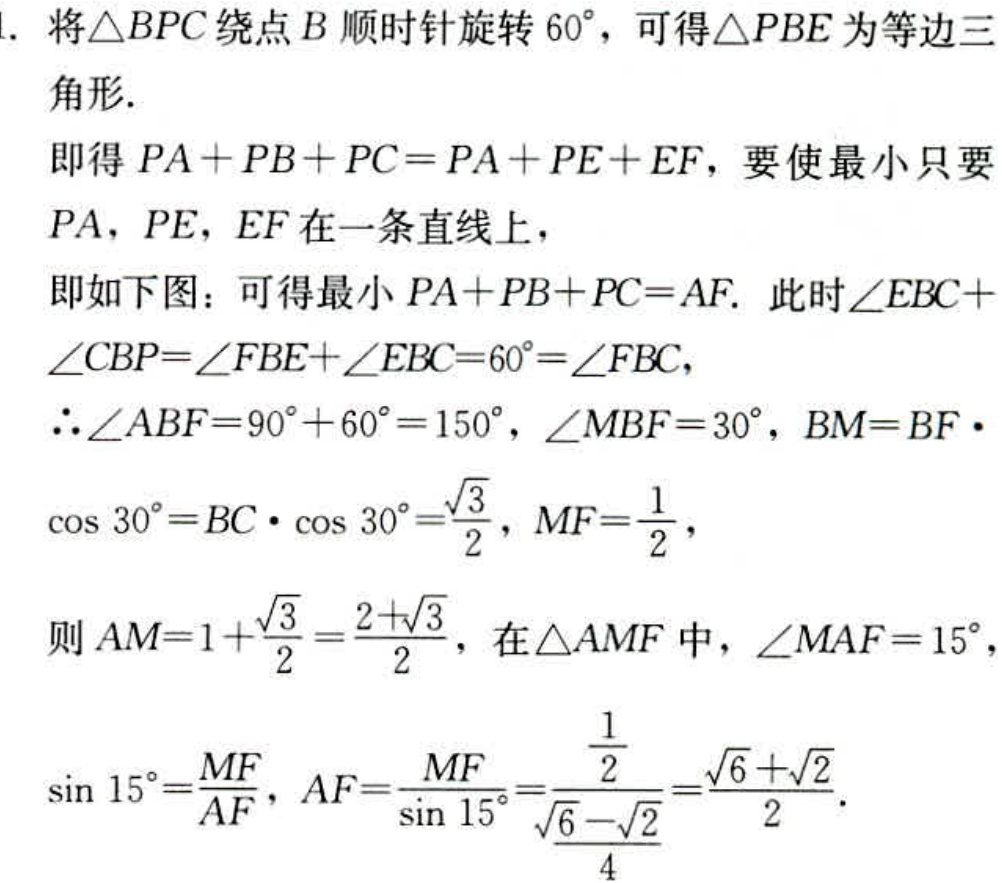
1. 将\(\triangle BPC\)绕点\(B\)顺时针旋转\(60^{\circ}\)，可得\(\triangle PBE\)为等边三角形.
即得\(PA + PB + PC=PA + PE + EF\)，要使最小只要\(PA\)，\(PE\)，\(EF\)在一条直线上，
即如下图：可得最小\(PA + PB + PC = AF\). 此时\(\angle EBC+\angle CBP=\angle FBE+\angle EBC = 60^{\circ}=\angle FBC\)，
\(\therefore\angle ABF=90^{\circ}+60^{\circ}=150^{\circ}\)，\(\angle MBF = 30^{\circ}\)，\(BM = BF\cdot\cos 30^{\circ}=BC\cdot\cos 30^{\circ}=\frac{\sqrt{3}}{2}\)，\(MF=\frac{1}{2}\)，
则\(AM = 1+\frac{\sqrt{3}}{2}=\frac{2 + \sqrt{3}}{2}\)，在\(\triangle AMF\)中，\(\angle MAF = 15^{\circ}\)，
\(\sin 15^{\circ}=\frac{MF}{AF}\)，\(AF=\frac{MF}{\sin 15^{\circ}}=\frac{\frac{1}{2}}{\frac{\sqrt{6}-\sqrt{2}}{4}}=\frac{\sqrt{6}+\sqrt{2}}{2}\).